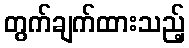
တွက်ချက်ထားသည့်